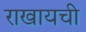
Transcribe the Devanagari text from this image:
राखायची